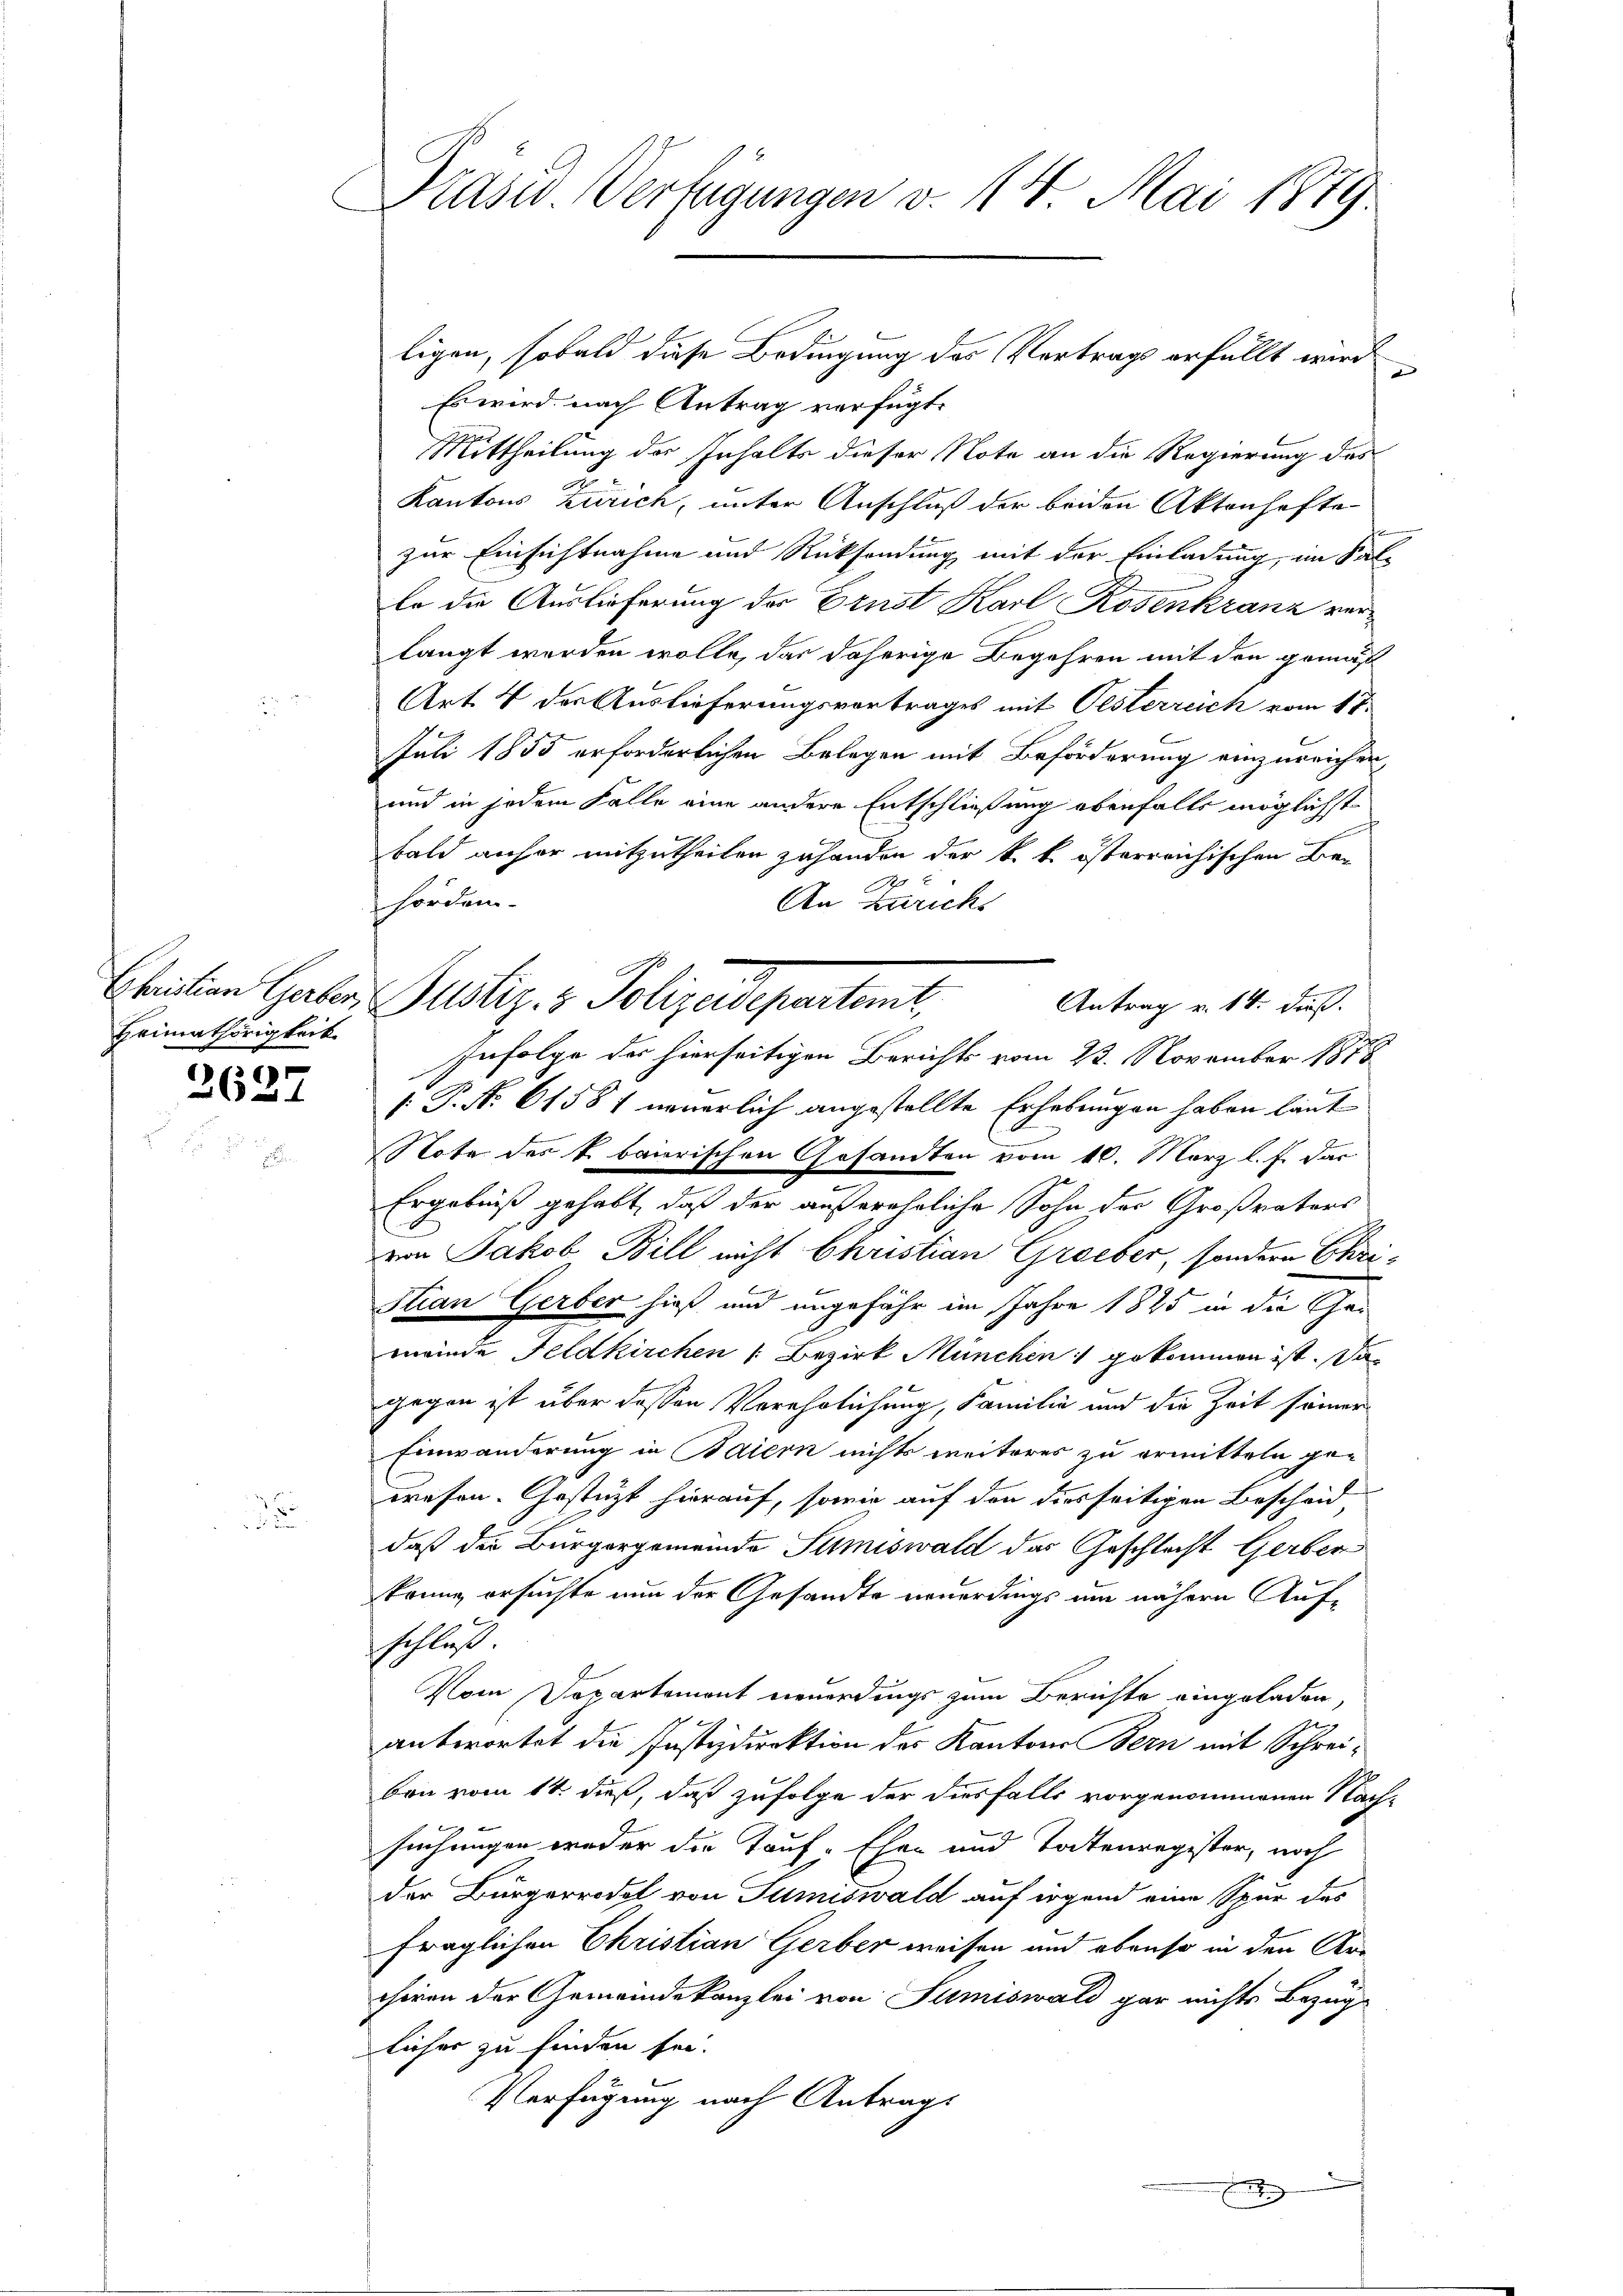
Heimathörigkeit

2627

Präsid. Verfügungen v. 14. Mai 1879.

ligen, sobald diese Bedingung des Vortrag erfüllt wird
x
Es wird nach Antrag verfügt:
Mittheilung des Inhalts dieser Note an die Regierung des
.
Kantons Zürich, unter Anschluß der beiden Aktenhafte
zur Einsichtnahme und Rücksendung mit der Einladung, im Salle die Auslieferung der Ernst Karl Rosenkranz verlangt werden wolle, das daherige Begehren mit den gemäß
Art. 4 der Auslieferungsvortrages mit Pesterreich vom 17.
Juli 1855 erforderlichen Belegen mit Beförderung einzureichen,
und in jedem Falle eine andere Entschließung ebenfalls möglichstbald anher mitzutheilen zuhanden der k. k. österreichischen Be-
A
horden.
An Zurichs
Infolge des hierseitigen Berichts vom 23. November 1878
[. P. Nr. 61581 neuerlich angestellte Erhebungen haben laut
Note des k. bairischen Gesandten vom 10. März l. J. dar
Ergebniß gehabt, daß der außerehrliche Sohn der Großrators
von Jakob Bill nicht Christian Greber, sondern Chri¬
Stian Gerber hieß und ungefähr im Jahre 1845 in die Gemeinde Feldkirchen (Bezirk München gekommen ist. Da
gegen ist über dessen Verehrlichung, Familie und die Zeit seiner
Einwanderung in Baiern nichts weiteres zu ermitteln gewesen. Gestützt hierauf, sowie auf den diesseitigen Bescheid
daß der Bürgergemeinde Sumiswald das Geschlecht Gerben
krung ersuchte nun der Gesandte neuerdings am nähern Aufschluß
Vom Departement neuerdings zum Berichte eingeladen,
antwortet die Justizdirektion des Kantons Bern mit Schreibon vom 14. dieß, daß zufolge der diesfalls vorgenommenen Nach-
suchungen weder die Tauf-Ehen und Todtenregister, noch
der Bürgerrodel von Sumiswald auf irgend eine Spur das
fraglichen Christian Gerber weisen und ebenso in den Ar-
choren der Gemeindekanzlei von Sumiswald gar nichts Bezug
licher zu finden sei.
Verfügung nach Antrags
d

Ebeiten Garter Justiz & Polizeidepartemb.

Antrag v. 14. dieß.